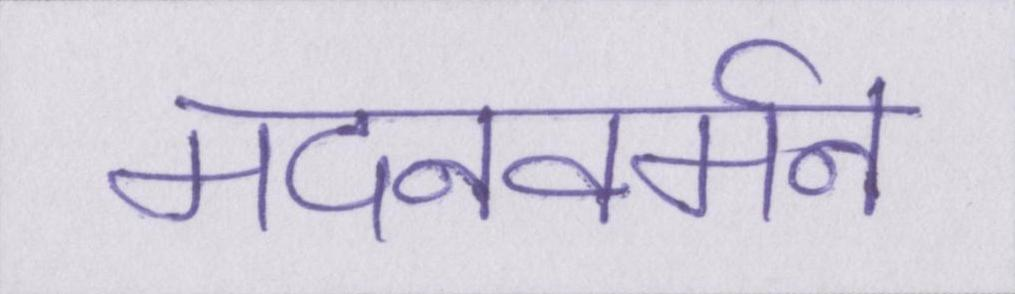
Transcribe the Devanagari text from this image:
मदनवर्मन